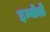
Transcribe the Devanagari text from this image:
इम्बोली